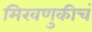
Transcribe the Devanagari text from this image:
मिरवणुकीचं